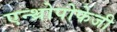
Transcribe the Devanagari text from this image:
एन्थ्रोपोफेजी